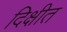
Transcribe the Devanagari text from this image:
दिक्षीत